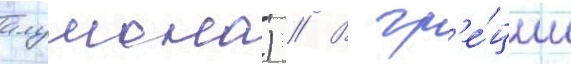
алумона) // В гр'е́ции